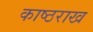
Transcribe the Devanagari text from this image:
काष्ठराख